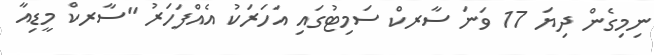
ނިމިގެން ދިޔަ 17 ވަނަ ސާރކް ސަމިޓުގައި އަހަރަކު އެއްފަހަރު "ސާރކް މީޑިއާ